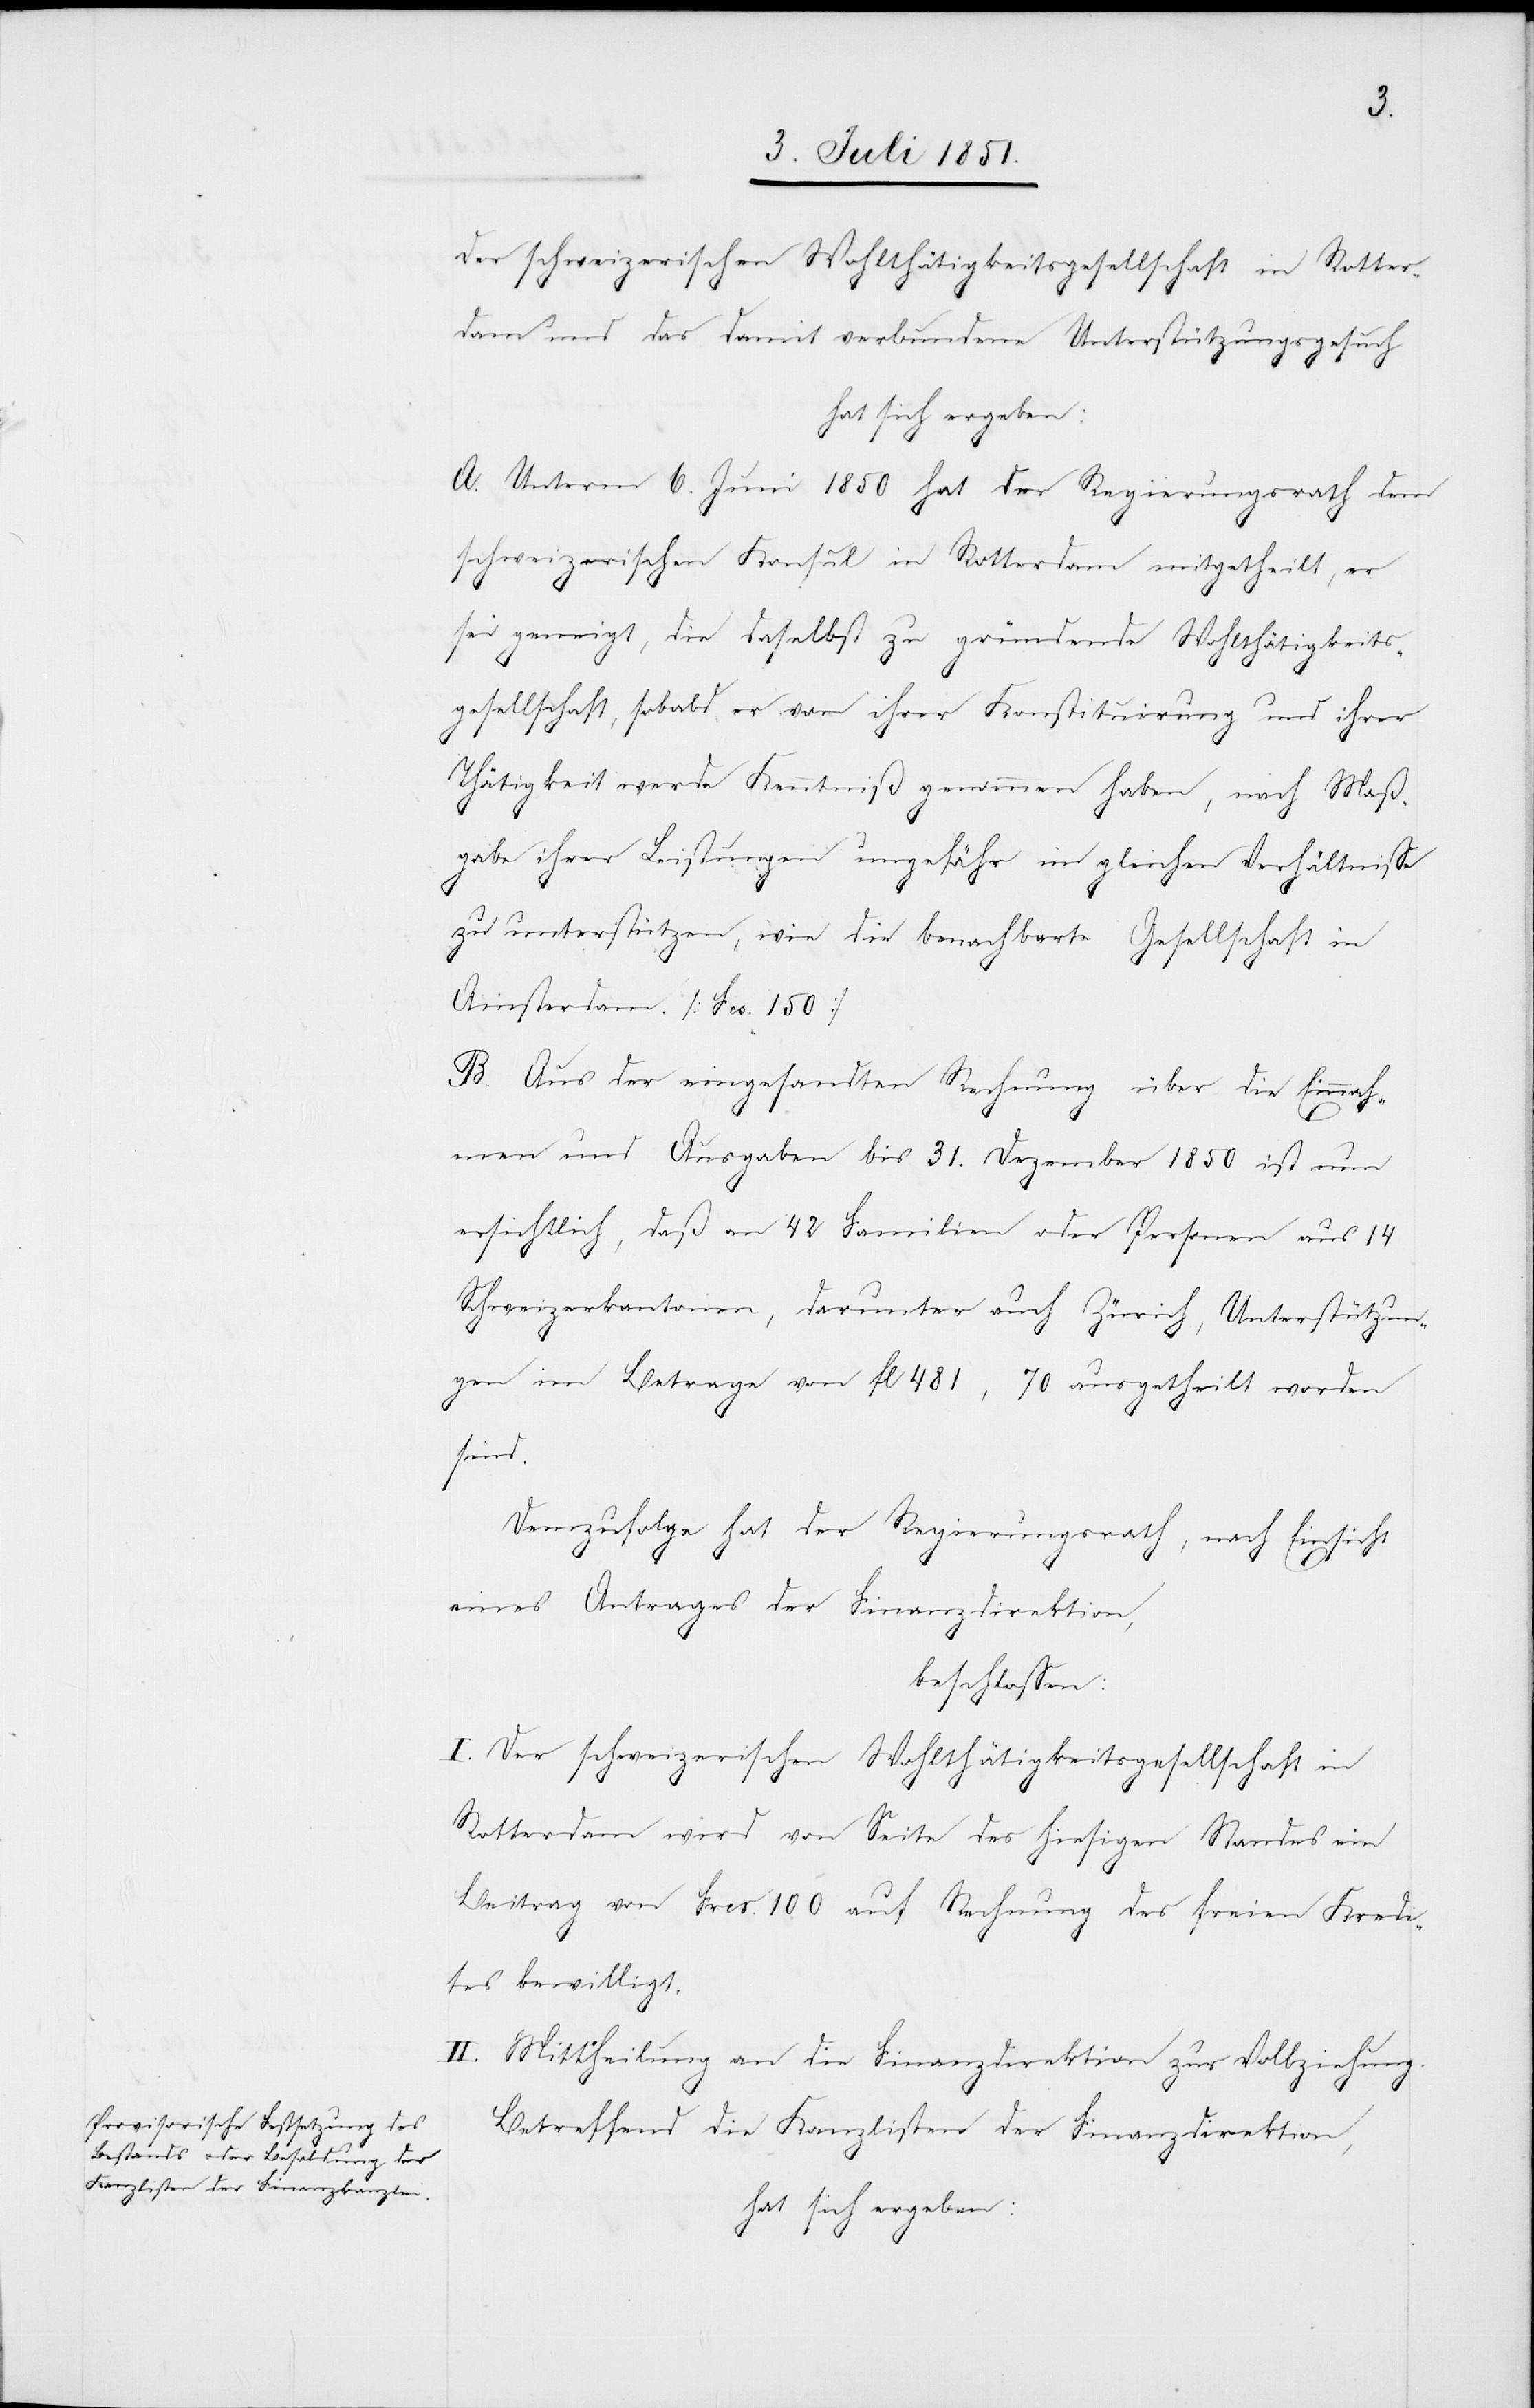
der schweizerischen Wohlthätigkeitsgesellschaft in Rotter¬
dam und das damit verbundene Unterstützungsgesuch
hat sich ergeben:
A. Unterm 6. Juni 1850 hat der Regierungsrath dem
schweizerischen Konsul in Rotterdam mitgetheilt, er
sei geneigt, die daselbst zu gründende Wohlthätigkeits¬
gesellschaft, sobald er von ihrer Konstituirung und ihrer
Thätigkeit werde Kenntniß genommen haben, nach Maß¬
gabe ihrer Leistungen ungefähr im gleichen Verhältnisse
zu unterstützen, wie die benachbarte Gesellschaft in
Amsterdam. [Fcs. 150]
B. Aus der eingesandten Rechnung über die Einnah¬
men und Ausgaben bis 31. Dezember 1850 ist nun
ersichtlich, daß an 42 Familien oder Personen aus 14
Schweizerkantonen, darunter auch Zürich, Unterstützun¬
gen im Betrage von fl 481,70 ausgetheilt worden
sind.
Demzufolge hat der Regierungsrath, nach Einsicht
eines Antrages der Finanzdirektion,
beschlossen:
I. Der schweizerischen Wohlthätigkeitsgesellschaft in
Rotterdam wird von Seite des hiesigen Standes ein
Beitrag von Frcs. 100 auf Rechnung des freien Kredi¬
tes bewilligt.
II. Mittheilung an die Finanzdirektion zur Vollziehung.
Betreffend die Kanzlisten der Finanzdirektion,
hat sich ergeben: